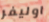
اوليفر